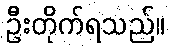
ဦးတိုက်ရသည်။